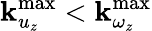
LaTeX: \mathbf{k}_{u_{z}}^{\mathrm{{max}}}<\mathbf{k}_{\omega_{z}}^{\mathrm{{max}}}